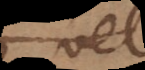
vel